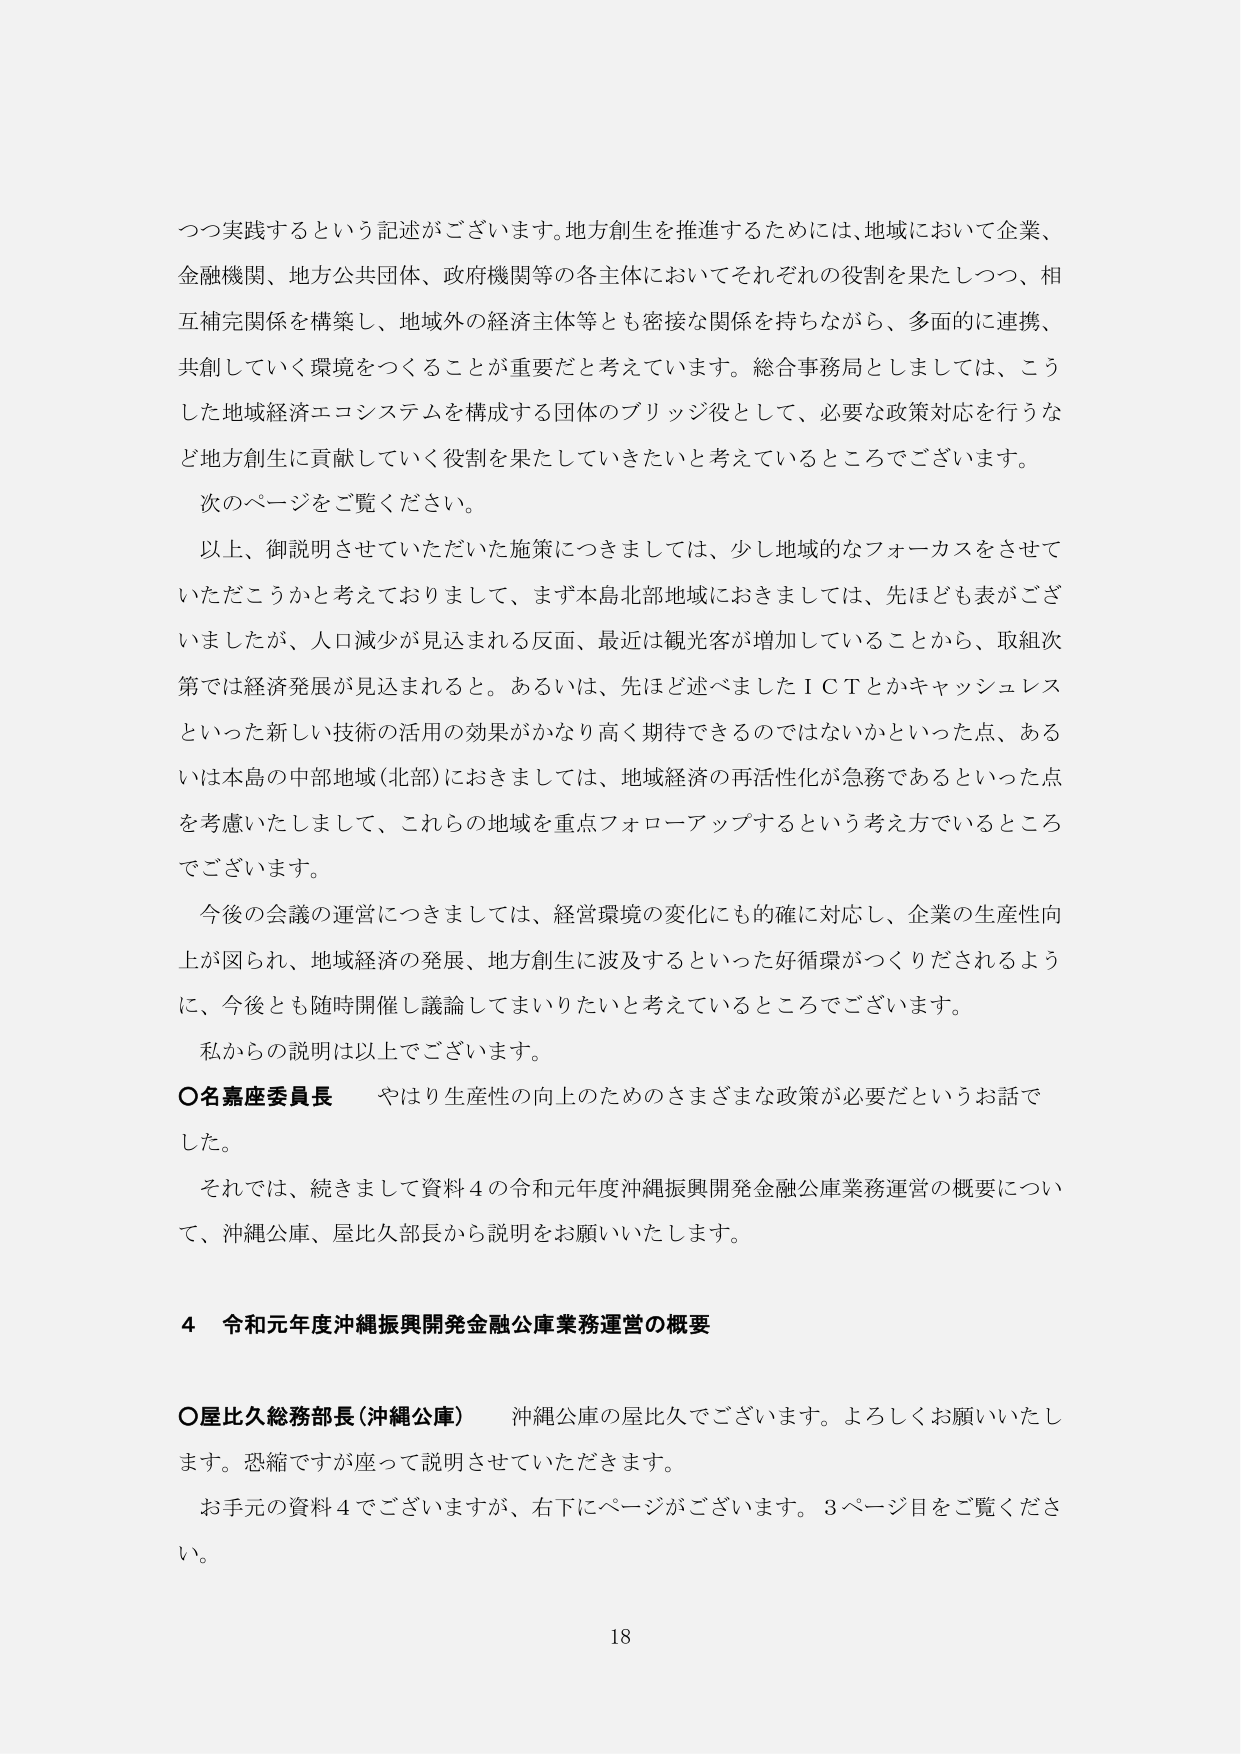
つつ実践するという記述がございます。地方創生を推進するためには、地域において企業、
金融機関、地方公共団体、政府機関等の各主体においてそれぞれの役割を果たしつつ、相
互補完関係を構築し、地域外の経済主体等とも密接な関係を持ちながら、多面的に連携、
共創していく環境をつくることが重要だと考えています。総合事務局としましては、こう
した地域経済エコシステムを構成する団体のブリッジ役として、必要な政策対応を行うな
ど地方創生に貢献していく役割を果たしていきたいと考えているところでございます。
次のページをご覧ください。
以上、御説明させていただいた施策につきましては、少し地域的なフォーカスをさせて
いただくこうかと考えておりまして、まず本島北部地域におきましては、先ほども表がござ
いましたが、人口減少が見込まれる反面、最近は観光客が増加していることから、取組次
第では経済発展が見込まれると。あるいは、先ほど述べましたＩＣＴとかキャッシュレス
といった新しい技術の活用の効果がかなり高く期待できるのではないかといった点、ある
いは本島の中部地域（北部）におきましては、地域経済の再活性化が急務であるといった点
を考慮いたしまして、これらの地域を重点フォローアップするという考え方でいるところ
でございます。
今後の会議の運営につきましては、経営環境の変化にも的確に対応し、企業の生産性向
上が図られ、地域経済の発展、地方創生に波及するといった好循環がつくりだされるよう
に、今後とも随時開催し議論してまいりたいと考えているところでございます。
私からの説明は以上でございます。
○名嘉座委員長　やはり生産性の向上のためのさまざまな政策が必要だというお話で
した。
それでは、続きまして資料４の令和元年度沖縄振興開発金融公庫業務運営の概要につい
て、沖縄公庫、屋比久部長から説明をお願いいたします。

４　令和元年度沖縄振興開発金融公庫業務運営の概要

○屋比久総務部長（沖縄公庫）　沖縄公庫の屋比久でございます。よろしくお願いいたし
ます。恐縮ですが座って説明させていただきます。
お手元の資料４でございますが、右下にページがございます。３ページ目をご覧くださ
い。

18